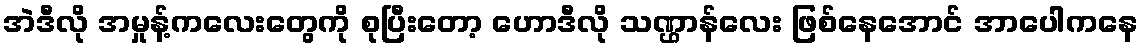
အဲဒီလို အမှုန့်ကလေးတွေကို စုပြီးတော့ ဟောဒီလို သဏ္ဌာန်လေး ဖြစ်နေအောင် အာပေါကနေ